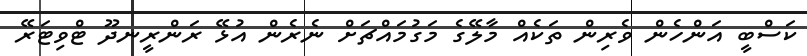
ކަސްބީ އަންހެން ވެރިން ތަކެއް މާލޭގެ މަގުމައްޗަށް ނެރެން އުޅޭ ރަންރީނދޫ ޓްވިޓަރޭ